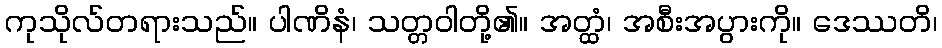
ကုသိုလ်တရားသည်။ ပါဏိနံ၊ သတ္တဝါတို့၏။ အတ္ထံ၊ အစီးအပွားကို။ ဒေဿတိ၊